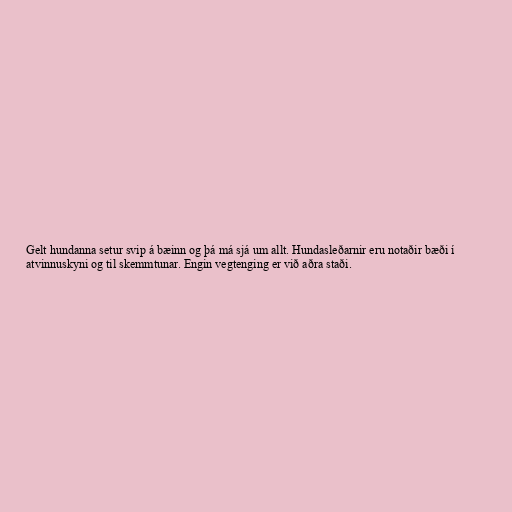
Gelt hundanna setur svip á bæinn og þá má sjá um allt. Hundasleðarnir eru notaðir bæði í
atvinnuskyni og til skemmtunar. Engin vegtenging er við aðra staði.